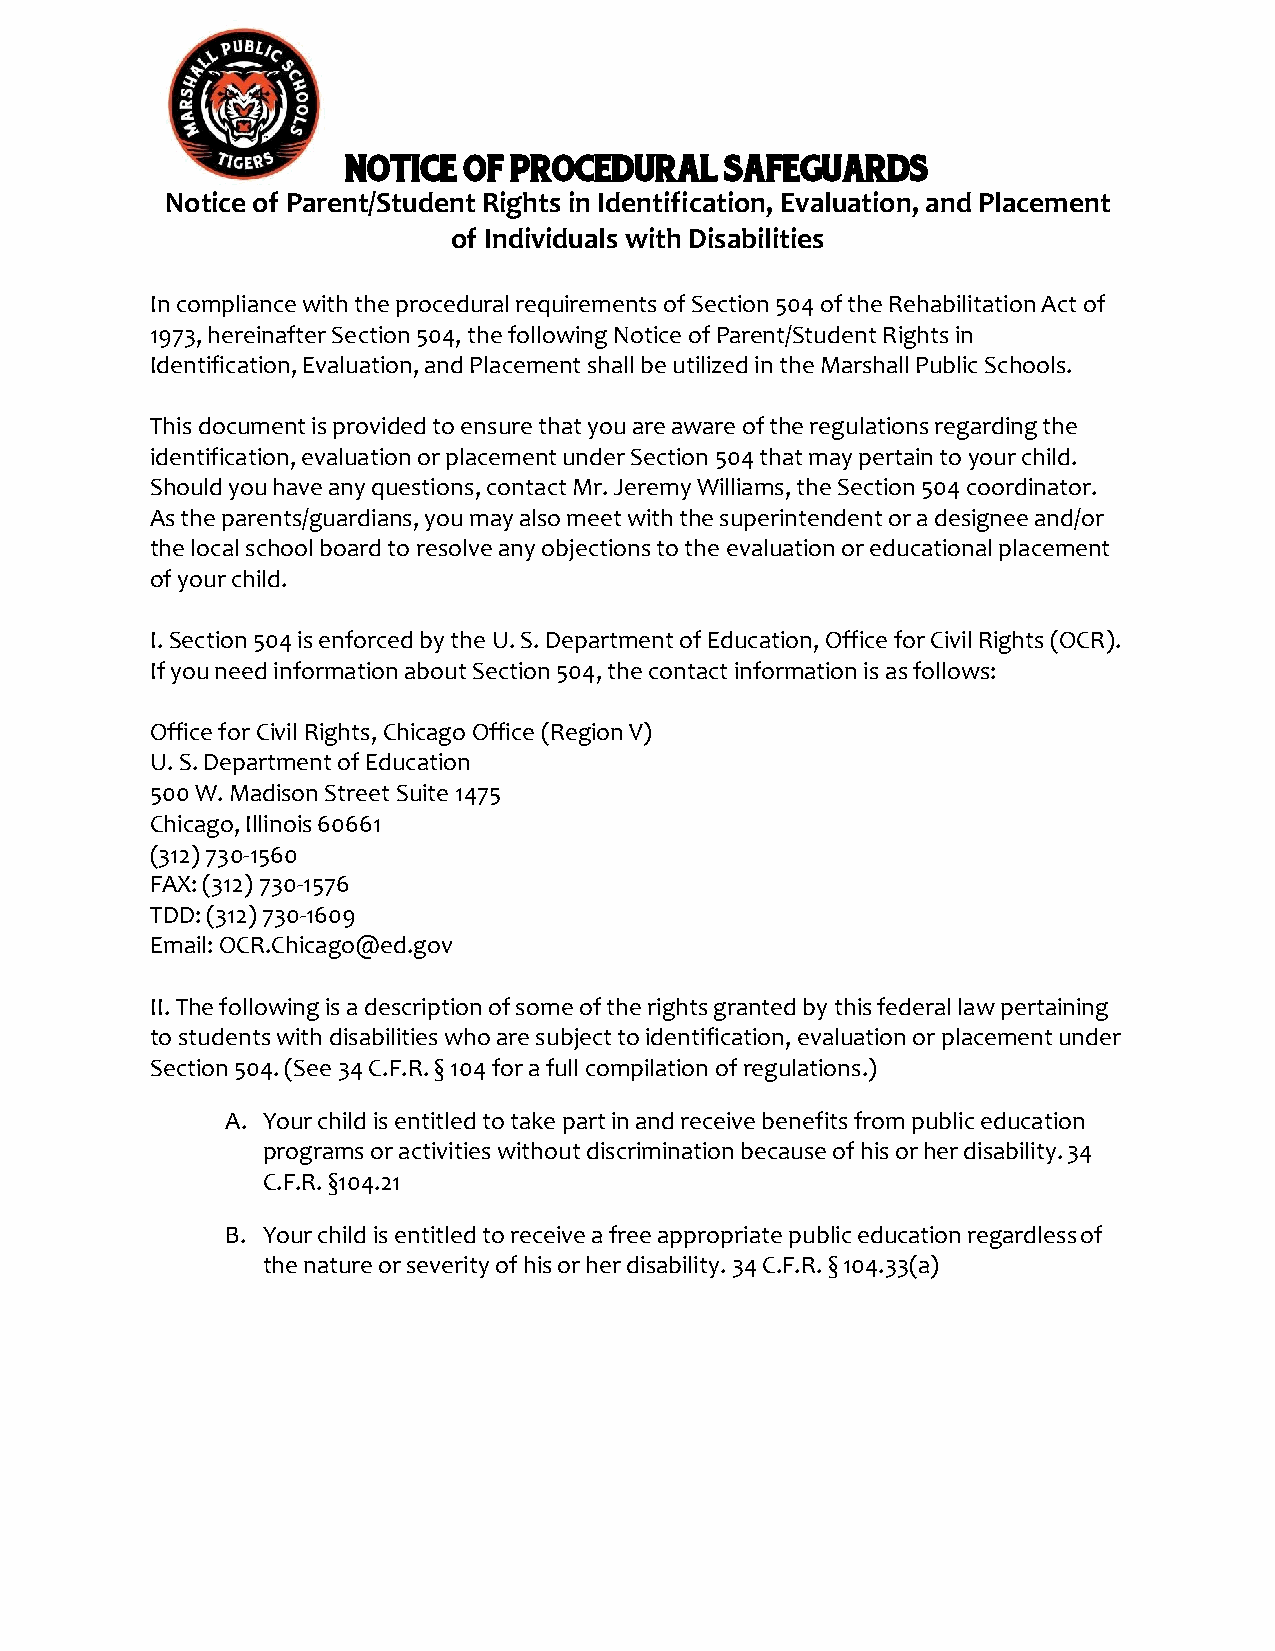
NOTICE  OF PROCEDURAL    SAFEGUARDS
 Notice of Parent/Student Rights in Identification, Evaluation, and Placement
 of Individuals with Disabilities
 In compliance with the procedural requirements of Section 504 of the Rehabilitation Act of
 1973, hereinafter Section 504, the following Notice of Parent/Student Rights in
 Identification, Evaluation, and Placement shall be utilized in the Marshall Public Schools.
 This document is provided to ensure that you are aware of the regulations regarding the
 identification, evaluation or placement under Section 504 that may pertain to your child.
 Should you have any questions, contact Mr. Jeremy Williams, the Section 504 coordinator.
 As the parents/guardians, you may also meet with the superintendent or a designee and/or
 the local school board to resolve any objections to the evaluation or educational placement
 of your child.
 I. Section 504 is enforced by the U. S. Department of Education, Office for Civil Rights (OCR).
 If you need information about Section 504, the contact information is as follows:
 Office for Civil Rights, Chicago Office (Region V)
 U. S. Department of Education
 500 W. Madison Street Suite 1475
 Chicago, Illinois 60661
 (312) 730-1560
 FAX: (312) 730-1576
 TDD: (312) 730-1609
 Email: OCR.Chicago@ed.gov
 II. The following is a description of some of the rights granted by this federal law pertaining
 to students with disabilities who are subject to identification, evaluation or placement under
 Section 504. (See 34 C.F.R. § 104 for a full compilation of regulations.)
 A. Your child is entitled to take part in and receive benefits from public education
 programs or activities without discrimination because of his or her disability. 34
 C.F.R. §104.21
 B. Your child is entitled to receive a free appropriate public education regardless of
 the nature or severity of his or her disability. 34 C.F.R. § 104.33(a)